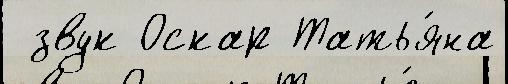
 звук Оскар Татья́на